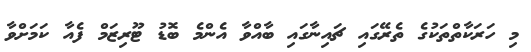
މި ހަރަކާތްތަކުގެ ތެރޭގައި ޗައިނާގައި ބާއްވާ އެންމެ ބޮޑު ޓޫރިޒަމް ފެއާ ކަމަށްވާ